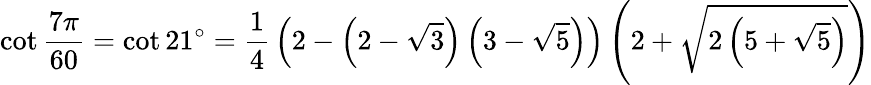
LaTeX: \cot{\frac{7\pi}{60}}=\cot 21^{\circ}={\frac{1}{4}}\left(2-\left(2-{\sqrt{3}}\right)\left(3-{\sqrt{5}}\right)\right)\left(2+{\sqrt{2\left(5+{\sqrt{5}}\right)}}\right)